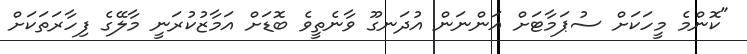
"ކޮންމެ މީހަކަށް ސުޕަމާޓަށް އަންނަން އުދަނގޫ ވާނެތީވެ ބޮޑަށް އަމާޒުކުރަނީ މާލޭގެ ފިހާރަތަކަށް